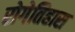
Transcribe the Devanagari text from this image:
रोगेतिहास